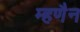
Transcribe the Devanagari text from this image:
म्हणैन